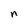
Character: n